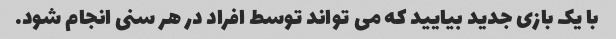
با یک بازی جدید بیایید که می تواند توسط افراد در هر سنی انجام شود.